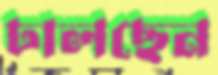
ঢালছেন